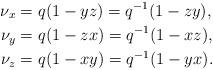
LaTeX: \begin{align*}\nu_x &= q(1-yz) = q^{-1}(1-zy),\\\nu_y &= q(1-zx) = q^{-1}(1-xz),\\\nu_z &= q(1-xy) = q^{-1}(1-yx). \end{align*}